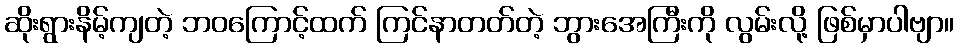
ဆိုးရွားနိမ့်ကျတဲ့ ဘဝကြောင့်ထက် ကြင်နာတတ်တဲ့ ဘွားအေကြီးကို လွမ်းလို့ ဖြစ်မှာပါဗျာ။